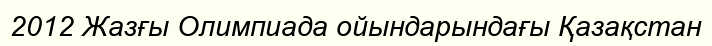
2012 Жазғы Олимпиада ойындарындағы Қазақстан